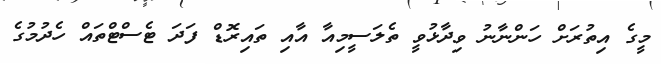
މީގެ އިތުރަށް ހަންނާނު ވިދާޅުވީ ތެލަސީމިއާ އާއި ތައިރޮޑް ފަދަ ޓެސްޓްތައް ހެދުމުގެ